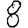
Digit: 8